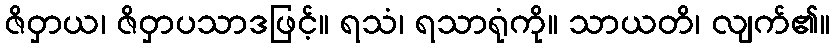
ဇိဝှာယ၊ ဇိဝှာပသာဒဖြင့်။ ရသံ၊ ရသာရုံကို။ သာယတိ၊ လျက်၏။